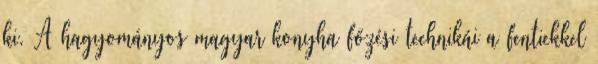
ki. A hagyományos magyar konyha főzési technikái a fentiekkel